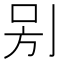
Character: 𠰤